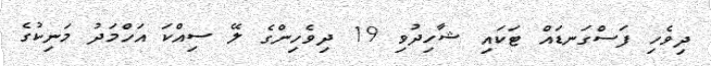
ދިވެހި ފަސްގަނޑައް ޓަކައި ޝާހިދުވި 19 ދިވެހިންގެ ލޭ ސިއްކަ އަހްމަދު މަނިކުގެ